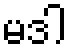
မဒါ